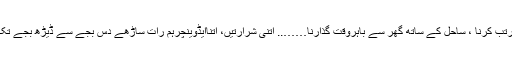
حد سے گذر کراسکیٹس اور سائیکل کے کرتب کرنا ، ساحل کے ساتھ گھر سے باہروقت گذارنا…….. اتنی شرارتیں، اتناایڈوینچرہم رات ساڑھے دس بجے سے ڈیڑھ بجے تک سیکٹر چار سے چھ کے بیچ چکرلگاتے ۔